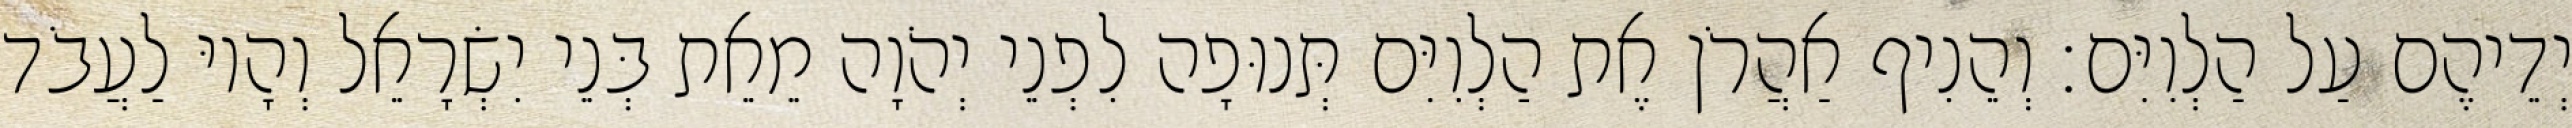
יְדֵיהֶם עַל הַלְוִיִּם׃ וְהֵנִיף אַהֲרֹן אֶת הַלְוִיִּם תְּנוּפָה לִפְנֵי יְהֹוָה מֵאֵת בְּנֵי יִשְׂרָאֵל וְהָיוּ לַעֲבֹד